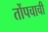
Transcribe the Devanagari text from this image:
तोंपचाची